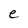
Character: e